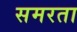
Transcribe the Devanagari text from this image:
समरता